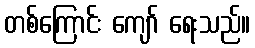
တစ်ကြောင်း ကျော် ရေးသည်။